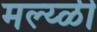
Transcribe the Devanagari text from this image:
मल्य्ळी